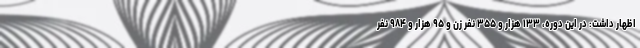
اظهار داشت: در این دوره، ۱۳۳ هزار و ۳۵۵ نفر زن و ۹۵ هزار و ۹۸۴ نفر